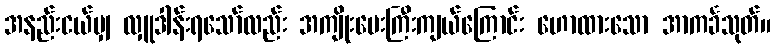
အနည်းငယ်မျှ လှူဒါန်းရသော်လည်း အကျိုးပေးကြီးကျယ်ကြောင်း ဟောထားသော အာကင်္ခသုတ်။